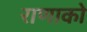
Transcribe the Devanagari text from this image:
राणाको